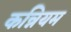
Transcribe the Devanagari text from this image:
कन्नियम